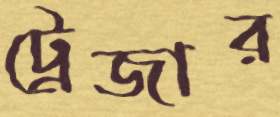
ট্রেজার